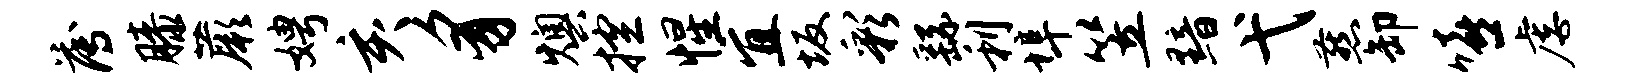
薄膝蕨娉亥豸燠控惺宜坂彩繇利埠笠黯弋燕卸嘻虐